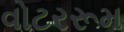
વોટરરૂમ